Annual report on the mental hospital in the Central Provinces and Berar (Nagpur) - 1927-1951
Year: 1927
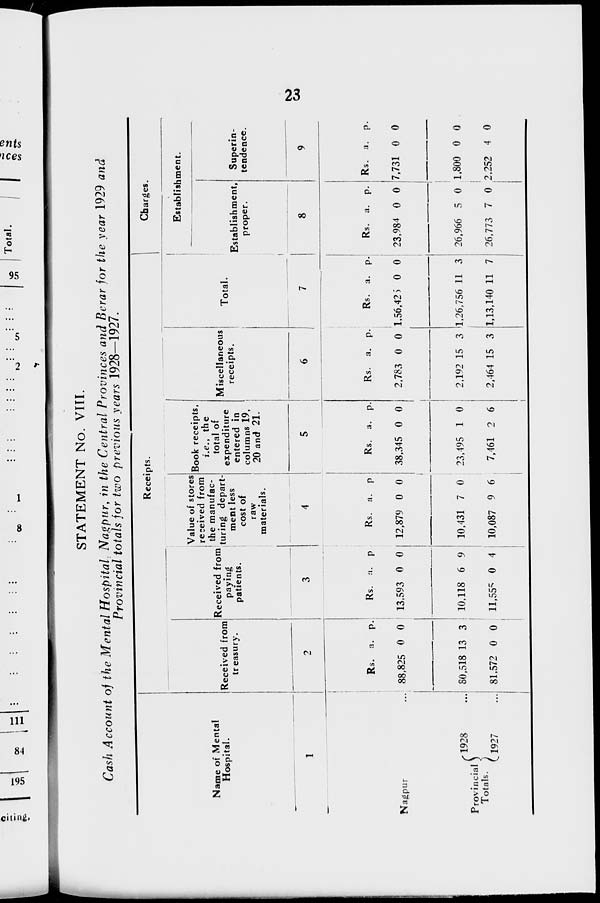
23
STATEMENT No. VIII.
Cash Account of the Mental Hospital, Nagpur, in the Central Provinces and Berar for the year 1929 and
Provincial totals for two previous years 1928—1927.
Name of Mental
Hospital.
1
Nagpur ...
Provincial
Totals.
1928 ...
1927
...
Receipts.
Received from
treasury.
2
Rs.
88,825
80,518
81,572
a.
0
13
0
p.
0
3
0
Received from
paying
patients.
3
Rs.
13,593
10,118
11,555
a.
0
6
0
p.
0
9
4
Value of stores
received from
the manufac-
turing depart-
ment less
cost of
raw
materials.
4
Rs.
12,879
10,431
10,087
a.
0
7
9
p.
0
0
6
Book receipts,
i.e., the
total of
expenditure
entered in
columns 19,
20 and 21.
5
Rs.
38,345
23,495
7,461
a.
0
1
2
p.
0
0
6
Miscellaneous
receipts.
6
Rs.
2,783
2,192
2,464
a.
0
15
15
p.
0
3
3
Total.
7
Rs.
1,56,425
1,26,756
1,13,140
a.
0
11
11
p.
0
3
7
Charges.
Establishment.
Establishment,
proper.
8
Rs.
23,984
26,966
26,773
a.
0
5
7
p.
0
1
0
Superin-
tendence.
9
Rs.
7,731
1,800
2,252
a.
0
0
4
p.
0
0
0